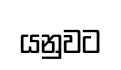
යනුවට